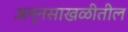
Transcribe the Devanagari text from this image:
अन्नसाखळीतील